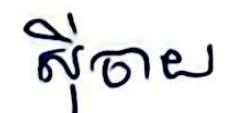
ស៊ីចាយ